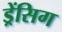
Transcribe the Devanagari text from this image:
ड्रेंसिग